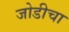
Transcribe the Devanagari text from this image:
जोडीचा